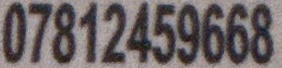
07812459668